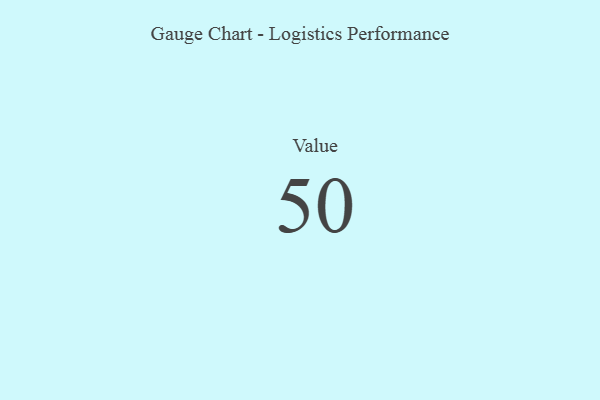
{"axis": {"x": "Metric", "y": "Value"}, "legend": [""], "data": [{"x": "Value", "y": 50, "type": ""}]}